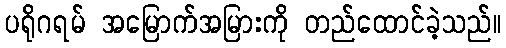
ပရိုဂရမ် အမြောက်အမြားကို တည်ထောင်ခဲ့သည်။